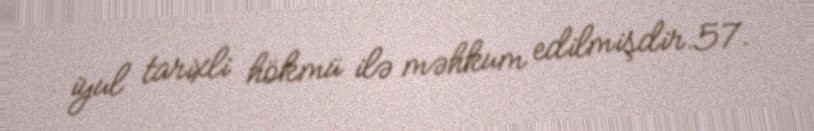
iyul tarixli hökmü ilə məhkum edilmişdir.57.